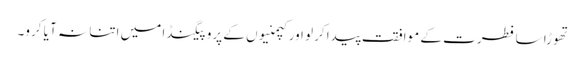
تھوڑا سا فطرت کے موافقت پیدا کرلو اور کپمنیوں کے پروپیگنڈا میں اتنا نہ آ یا کرو۔